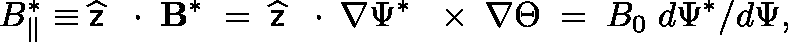
B _ { \| } ^ { * } \equiv \widehat { \sf z } \, \mathrm { ~ \boldmath ~ \cdot ~ } \, { \bf B } ^ { * } \; = \; \widehat { \sf z } \, \mathrm { ~ \boldmath ~ \cdot ~ } \, \nabla \Psi ^ { * } \, \mathrm { ~ \boldmath ~ \times ~ } \, \nabla \Theta \; = \; B _ { 0 } \; d \Psi ^ { * } / d \Psi ,